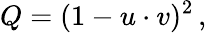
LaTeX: Q=(1-u\cdot v)^{2}\, ,